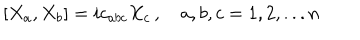
[ X _ { a } , X _ { b } ] = i c _ { a b c } X _ { c } \, , \quad a , b , c = 1 , 2 , . . . n